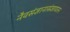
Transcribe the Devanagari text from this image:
नैवसंज्ञानासंज्ञायतन